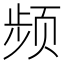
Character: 频